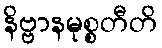
နိဗ္ဗာနမုစ္စတီတိ